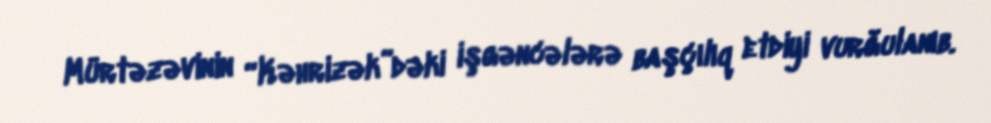
Mürtəzəvinin “Kəhrizək”dəki işgəncələrə başçılıq etdiyi vurğulanıb.